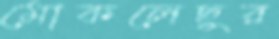
মোকলেছুর